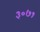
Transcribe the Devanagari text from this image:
३०७१